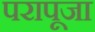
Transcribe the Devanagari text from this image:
परापूजा